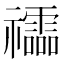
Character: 𥜧